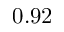
0 . 9 2